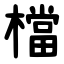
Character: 檔